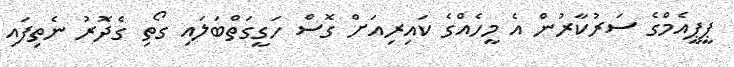
ޕީޕީއެމްގެ ސަރުކާރުން އެ މީހެއްގެ ކައިރިއަށް ގޮސް ހަގީގަތްބަލައި ގޯތި ގެދޮރު ނެތިފައި